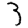
Digit: 3